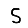
Digit: 5